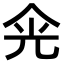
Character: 𠈑